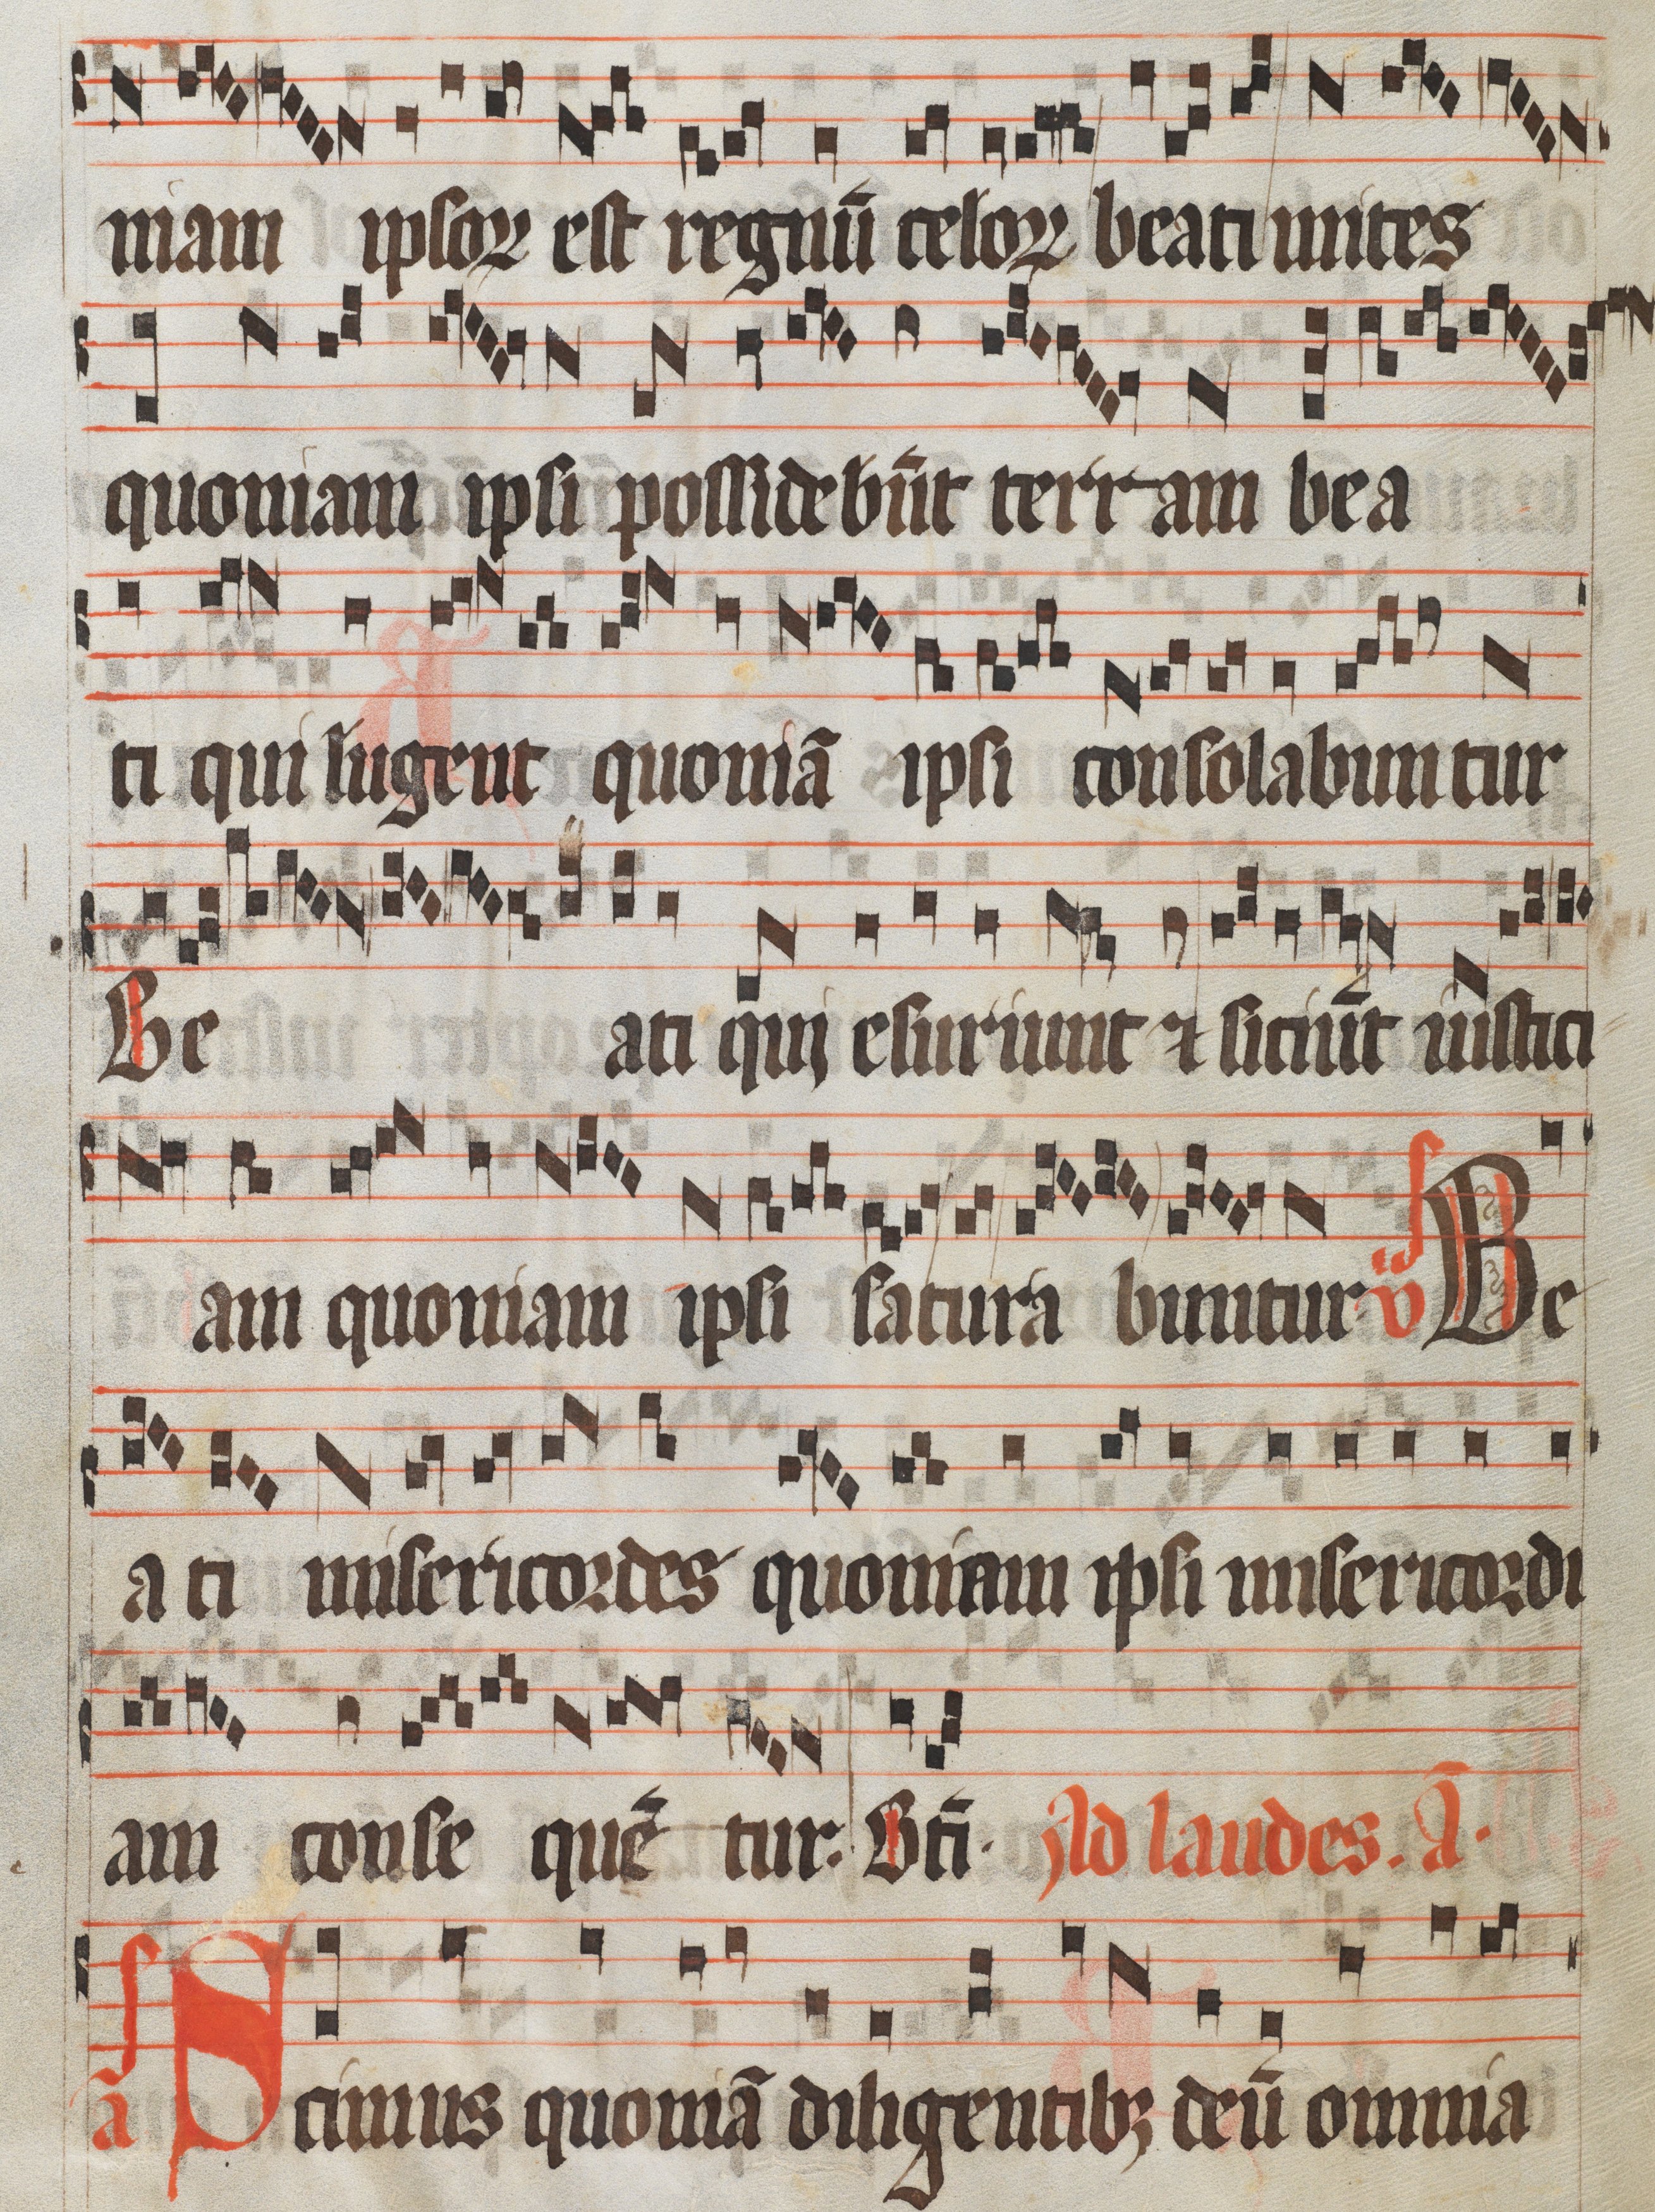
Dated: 1300–1399